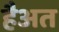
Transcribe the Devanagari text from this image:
हैअत